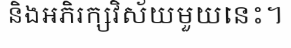
និងអភិរក្សវិស័យមួយនេះ។